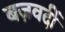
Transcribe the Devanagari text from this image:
बज़वर्दी